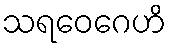
သရဝေဂေဟိ